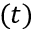
( t )